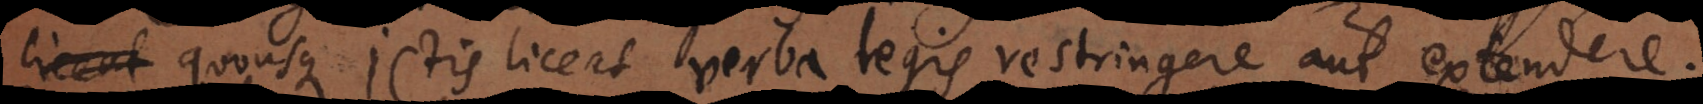
que Jurisconsultis liceat verba legis restringere aut extendere.